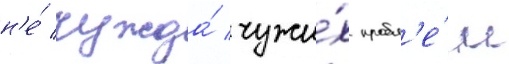
н'е́ чужда́ чужи́х пробл'е́м